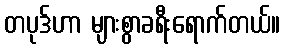
တပုဒ်ဟာ များစွာခရီးရောက်တယ်။